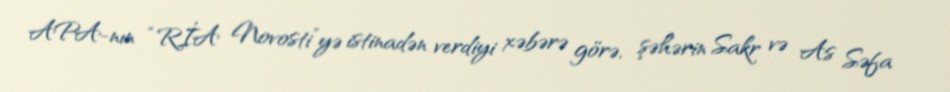
APA-nın “RİA Novosti”yə istinadən verdiyi xəbərə görə, şəhərin Sakr və As Səfa